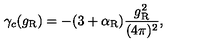
\gamma _ { c } ( g _ { \mathrm { R } } ) = - ( 3 + \alpha _ { \mathrm { R } } ) \frac { g _ { \mathrm { R } } ^ { 2 } } { ( 4 \pi ) ^ { 2 } } ,